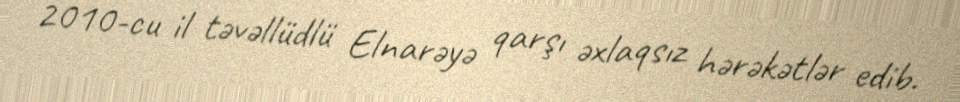
2010-cu il təvəllüdlü Elnarəyə qarşı əxlaqsız hərəkətlər edib.